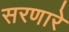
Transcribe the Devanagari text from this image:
सरणारे